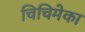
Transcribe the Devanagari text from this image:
चिचिमेका